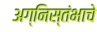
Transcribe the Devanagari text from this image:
अग्निस्तंभाचे